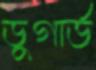
ডুগার্ড